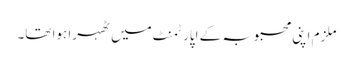
ملزم اپنی محبوبہ کے اپارٹمنٹ میں ٹھہرا ہوا تھا۔